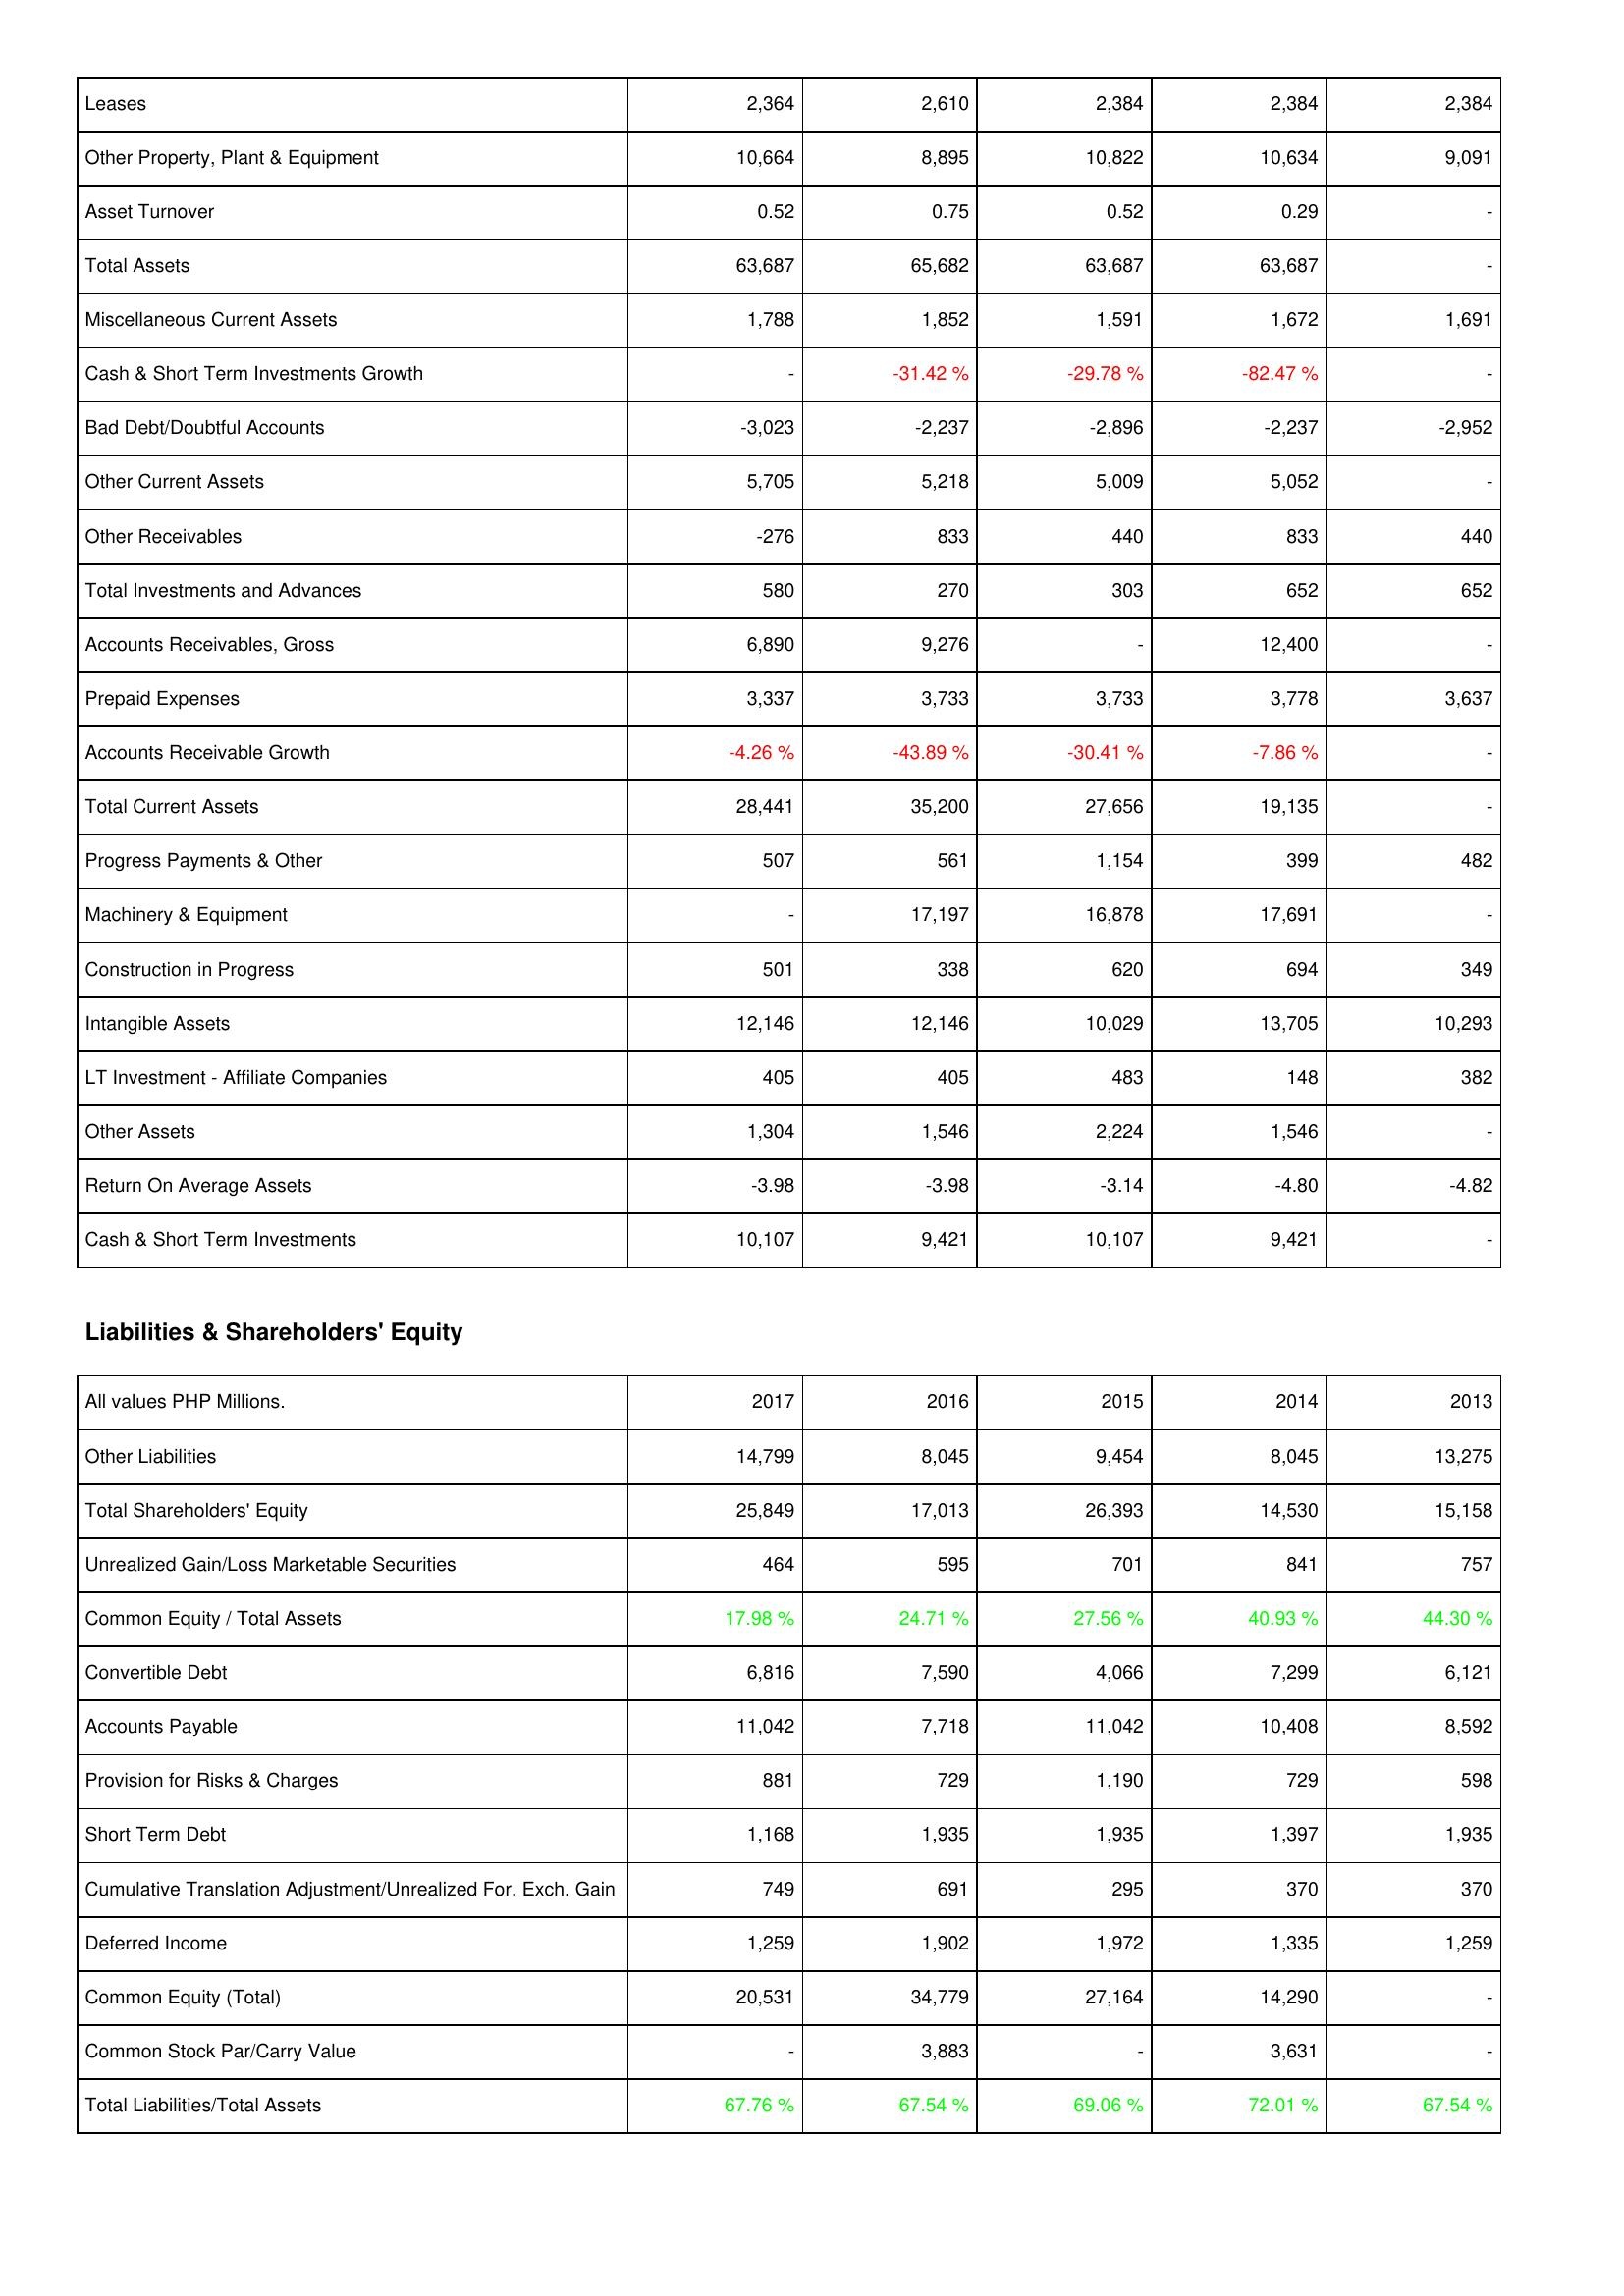
2017: Assets: Leases: 2,364
Other Property, Plant & Equipment: 10,664
Asset Turnover: 0.52
Total Assets: 63,687
Miscellaneous Current Assets: 1,788
Cash & Short Term Investments Growth: -
Bad Debt/Doubtful Accounts: -3,023
Other Current Assets: 5,705
Other Receivables: -276
Total Investments and Advances: 580
Accounts Receivables, Gross: 6,890
Prepaid Expenses: 3,337
Accounts Receivable Growth: -4.26 %
Total Current Assets: 28,441
Progress Payments & Other: 507
Machinery & Equipment: -
Construction in Progress: 501
Intangible Assets: 12,146
LT Investment - Affiliate Companies: 405
Other Assets: 1,304
Return On Average Assets: -3.98
Cash & Short Term Investments: 10,107
Liabilities & Shareholders' Equity: Other Liabilities: 14,799
Total Shareholders' Equity: 25,849
Unrealized Gain/Loss Marketable Securities: 464
Common Equity / Total Assets: 17.98 %
Convertible Debt: 6,816
Accounts Payable: 11,042
Provision for Risks & Charges: 881
Short Term Debt: 1,168
Cumulative Translation Adjustment/Unrealized For. Exch. Gain: 749
Deferred Income: 1,259
Common Equity (Total): 20,531
Common Stock Par/Carry Value: -
Total Liabilities/Total Assets: 67.76 %
2016: Assets: Leases: 2,610
Other Property, Plant & Equipment: 8,895
Asset Turnover: 0.75
Total Assets: 65,682
Miscellaneous Current Assets: 1,852
Cash & Short Term Investments Growth: -31.42 %
Bad Debt/Doubtful Accounts: -2,237
Other Current Assets: 5,218
Other Receivables: 833
Total Investments and Advances: 270
Accounts Receivables, Gross: 9,276
Prepaid Expenses: 3,733
Accounts Receivable Growth: -43.89 %
Total Current Assets: 35,200
Progress Payments & Other: 561
Machinery & Equipment: 17,197
Construction in Progress: 338
Intangible Assets: 12,146
LT Investment - Affiliate Companies: 405
Other Assets: 1,546
Return On Average Assets: -3.98
Cash & Short Term Investments: 9,421
Liabilities & Shareholders' Equity: Other Liabilities: 8,045
Total Shareholders' Equity: 17,013
Unrealized Gain/Loss Marketable Securities: 595
Common Equity / Total Assets: 24.71 %
Convertible Debt: 7,590
Accounts Payable: 7,718
Provision for Risks & Charges: 729
Short Term Debt: 1,935
Cumulative Translation Adjustment/Unrealized For. Exch. Gain: 691
Deferred Income: 1,902
Common Equity (Total): 34,779
Common Stock Par/Carry Value: 3,883
Total Liabilities/Total Assets: 67.54 %
2015: Assets: Leases: 2,384
Other Property, Plant & Equipment: 10,822
Asset Turnover: 0.52
Total Assets: 63,687
Miscellaneous Current Assets: 1,591
Cash & Short Term Investments Growth: -29.78 %
Bad Debt/Doubtful Accounts: -2,896
Other Current Assets: 5,009
Other Receivables: 440
Total Investments and Advances: 303
Accounts Receivables, Gross: -
Prepaid Expenses: 3,733
Accounts Receivable Growth: -30.41 %
Total Current Assets: 27,656
Progress Payments & Other: 1,154
Machinery & Equipment: 16,878
Construction in Progress: 620
Intangible Assets: 10,029
LT Investment - Affiliate Companies: 483
Other Assets: 2,224
Return On Average Assets: -3.14
Cash & Short Term Investments: 10,107
Liabilities & Shareholders' Equity: Other Liabilities: 9,454
Total Shareholders' Equity: 26,393
Unrealized Gain/Loss Marketable Securities: 701
Common Equity / Total Assets: 27.56 %
Convertible Debt: 4,066
Accounts Payable: 11,042
Provision for Risks & Charges: 1,190
Short Term Debt: 1,935
Cumulative Translation Adjustment/Unrealized For. Exch. Gain: 295
Deferred Income: 1,972
Common Equity (Total): 27,164
Common Stock Par/Carry Value: -
Total Liabilities/Total Assets: 69.06 %
2014: Assets: Leases: 2,384
Other Property, Plant & Equipment: 10,634
Asset Turnover: 0.29
Total Assets: 63,687
Miscellaneous Current Assets: 1,672
Cash & Short Term Investments Growth: -82.47 %
Bad Debt/Doubtful Accounts: -2,237
Other Current Assets: 5,052
Other Receivables: 833
Total Investments and Advances: 652
Accounts Receivables, Gross: 12,400
Prepaid Expenses: 3,778
Accounts Receivable Growth: -7.86 %
Total Current Assets: 19,135
Progress Payments & Other: 399
Machinery & Equipment: 17,691
Construction in Progress: 694
Intangible Assets: 13,705
LT Investment - Affiliate Companies: 148
Other Assets: 1,546
Return On Average Assets: -4.80
Cash & Short Term Investments: 9,421
Liabilities & Shareholders' Equity: Other Liabilities: 8,045
Total Shareholders' Equity: 14,530
Unrealized Gain/Loss Marketable Securities: 841
Common Equity / Total Assets: 40.93 %
Convertible Debt: 7,299
Accounts Payable: 10,408
Provision for Risks & Charges: 729
Short Term Debt: 1,397
Cumulative Translation Adjustment/Unrealized For. Exch. Gain: 370
Deferred Income: 1,335
Common Equity (Total): 14,290
Common Stock Par/Carry Value: 3,631
Total Liabilities/Total Assets: 72.01 %
2013: Assets: Leases: 2,384
Other Property, Plant & Equipment: 9,091
Asset Turnover: -
Total Assets: -
Miscellaneous Current Assets: 1,691
Cash & Short Term Investments Growth: -
Bad Debt/Doubtful Accounts: -2,952
Other Current Assets: -
Other Receivables: 440
Total Investments and Advances: 652
Accounts Receivables, Gross: -
Prepaid Expenses: 3,637
Accounts Receivable Growth: -
Total Current Assets: -
Progress Payments & Other: 482
Machinery & Equipment: -
Construction in Progress: 349
Intangible Assets: 10,293
LT Investment - Affiliate Companies: 382
Other Assets: -
Return On Average Assets: -4.82
Cash & Short Term Investments: -
Liabilities & Shareholders' Equity: Other Liabilities: 13,275
Total Shareholders' Equity: 15,158
Unrealized Gain/Loss Marketable Securities: 757
Common Equity / Total Assets: 44.30 %
Convertible Debt: 6,121
Accounts Payable: 8,592
Provision for Risks & Charges: 598
Short Term Debt: 1,935
Cumulative Translation Adjustment/Unrealized For. Exch. Gain: 370
Deferred Income: 1,259
Common Equity (Total): -
Common Stock Par/Carry Value: -
Total Liabilities/Total Assets: 67.54 %